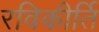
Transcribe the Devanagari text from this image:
रविकीर्ति